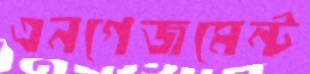
এনগেজমেন্ট